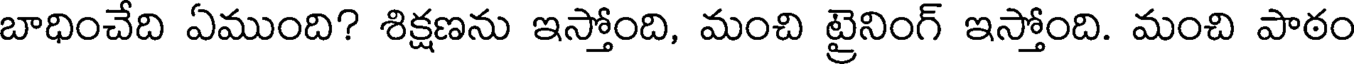
బాధించేది ఏముంది? శిక్షణను ఇస్తోంది, మంచి ట్రైనింగ్ ఇస్తోంది. మంచి పాఠం